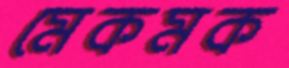
মেকমক